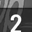
Digit: 2